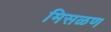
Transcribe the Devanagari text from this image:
मिसळण